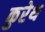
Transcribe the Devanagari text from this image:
कुरेथ